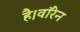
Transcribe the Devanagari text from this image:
है।वॉरेन